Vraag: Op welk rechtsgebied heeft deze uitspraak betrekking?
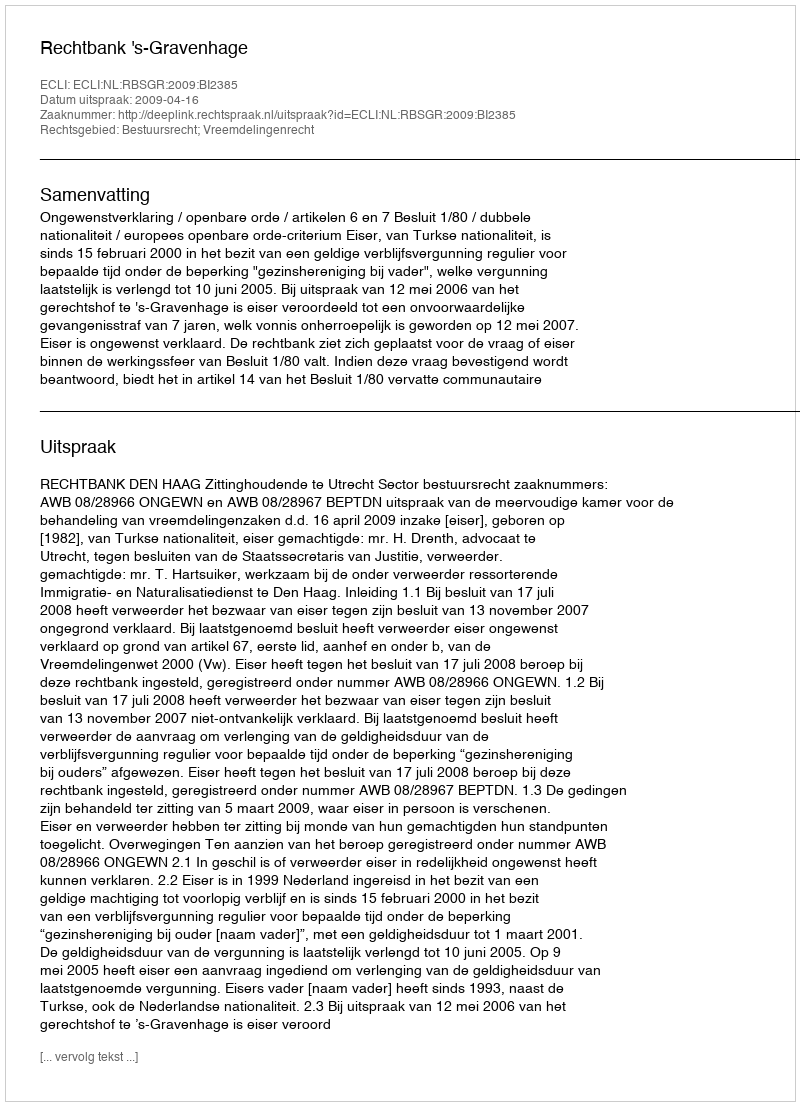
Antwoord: Bestuursrecht; Vreemdelingenrecht